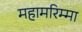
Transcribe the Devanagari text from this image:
महामरिम्मा